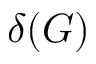
\delta ( G )